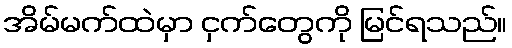
အိမ်မက်ထဲမှာ ငှက်တွေကို မြင်ရသည်။